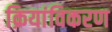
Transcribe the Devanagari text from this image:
क्रियांविकरण